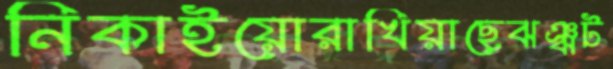
নিকাইয়োরাখিয়াছেঝঞ্ঝট